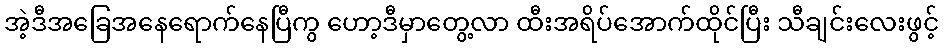
အဲ့ဒီအခြေအနေရောက်နေပြီကွ ဟော့ဒီမှာတွေ့လာ ထီးအရိပ်အောက်ထိုင်ပြီး သီချင်းလေးဖွင့်